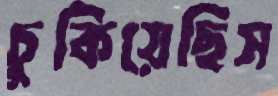
চুকিয়েছিস